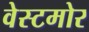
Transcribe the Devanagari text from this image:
वेस्टमोर